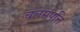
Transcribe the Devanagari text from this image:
चलसंपत्ति